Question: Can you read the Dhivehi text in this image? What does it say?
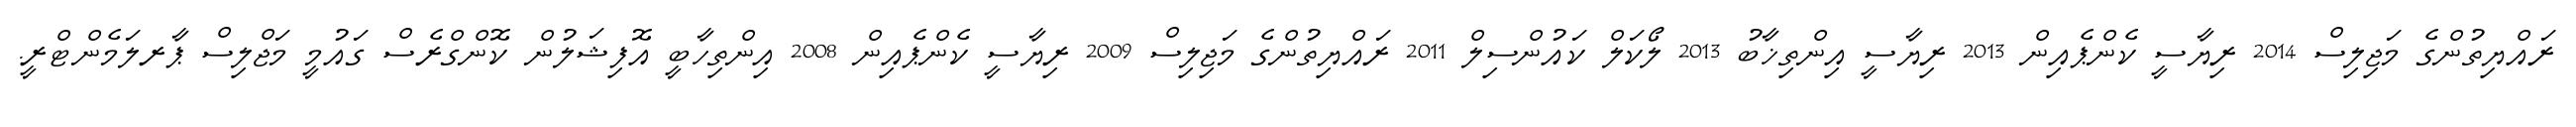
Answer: ރައްޔިތުންގެ މަޖިލިސް 2014 ރިޔާސީ ކެންޕެއިން 2013 ރިޔާސީ އިންތިޚާބު 2013 ލޯކަލް ކައުންސިލް 2011 ރައްޔިތުންގެ މަޖިލިސް 2009 ރިޔާސީ ކެންޕެއިން 2008 އިންތިހާބީ އޮފިޝަލުން ކޮންގްރެސް ގައުމީ މަޖްލިސް ޕާރލަމެންޓްރީ.